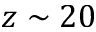
z \sim 2 0